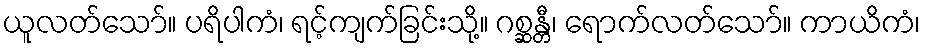
ယူလတ်သော်။ ပရိပါကံ၊ ရင့်ကျက်ခြင်းသို့။ ဂစ္ဆန္တီ၊ ရောက်လတ်သော်။ ကာယိကံ၊